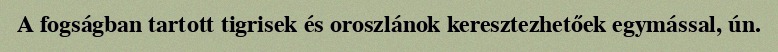
A fogságban tartott tigrisek és oroszlánok keresztezhetőek egymással, ún.